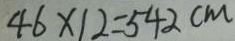
4 6 \times 1 2 = 5 4 2 c m